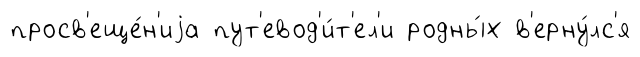
просв'еще́н'иjа пут'евод'и́т'ел'и родны́х в'ерну́лс'я